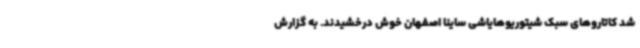
شد کاتاروهای سبک شیتوریوهایاشی ساینا اصفهان خوش درخشیدند. به گزارش